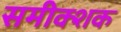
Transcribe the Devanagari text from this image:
समीक्शक